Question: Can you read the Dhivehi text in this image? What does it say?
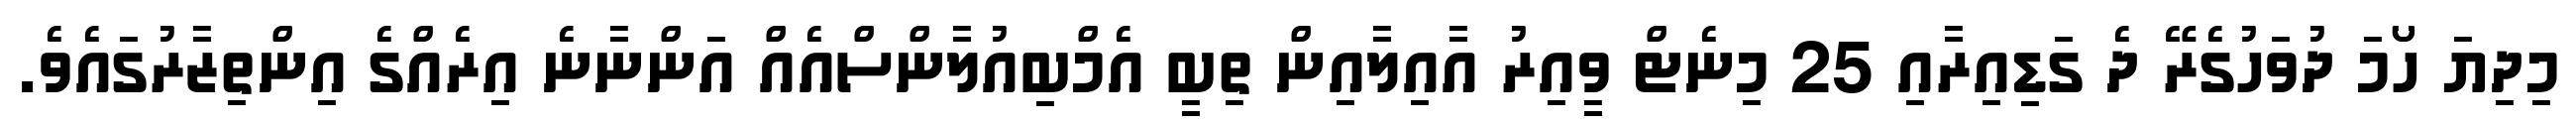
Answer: މިދިޔަ ހޯމަ ދުވަހުގެރޭ ދެ ގަޑިއިރާއި 25 މިނެޓް ވީއިރު އާއިލާއިން ތިބީ އެމްބިއުލާންސްއެއް އަންނާނެ އިރެއްގެ އިންތިޒާރުގައެވެ.